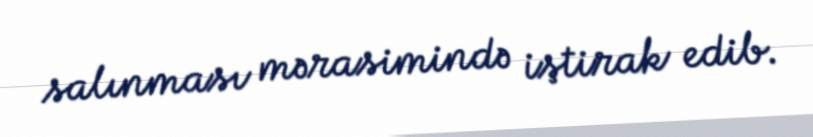
salınması mərasimində iştirak edib.